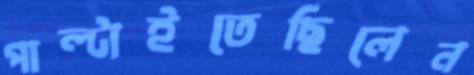
পাল্‌টাইতেছিলেন